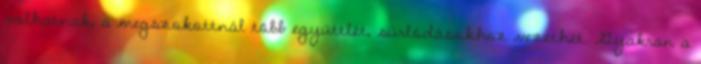
válhatnak, a megszokottnál több együttlét, súrlódásokhoz vezethet. Gyakran a